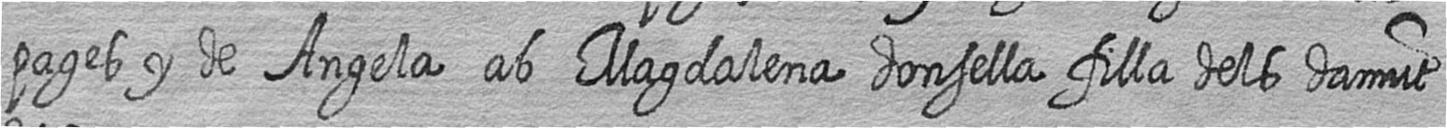
pages y de Angela ab Magdalena donsella filla dels damut